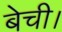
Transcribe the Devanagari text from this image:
बेची।